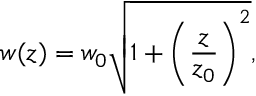
w ( z ) = w _ { 0 } \sqrt { 1 + \Bigg ( \frac { z } { z _ { 0 } } \Bigg ) ^ { 2 } } ,